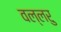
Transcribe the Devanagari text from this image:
वल्लरु